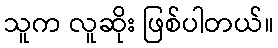
သူက လူဆိုး ဖြစ်ပါတယ်။